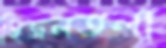
হিজলতলা